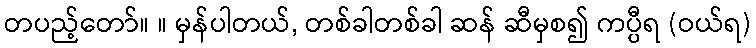
တပည့်တော်။ ။ မှန်ပါတယ်, တစ်ခါတစ်ခါ ဆန် ဆီမှစ၍ ကပ္ပီရ (ဝယ်ရ)